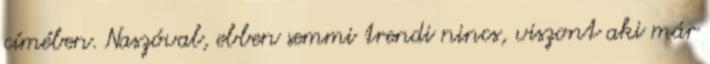
címében. Naszóval, ebben semmi trendi nincs, viszont aki már